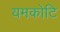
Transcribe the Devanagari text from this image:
यमकोटि